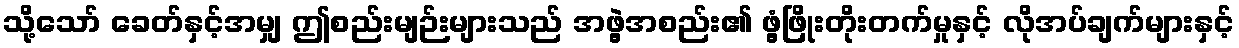
သို့သော် ခေတ်နှင့်အမျှ ဤစည်းမျဉ်းများသည် အဖွဲ့အစည်း၏ ဖွံ့ဖြိုးတိုးတက်မှုနှင့် လိုအပ်ချက်များနှင့်